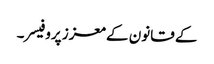
کے قانون کے معزز پروفیسر۔